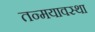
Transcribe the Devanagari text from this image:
तन्मयावस्था